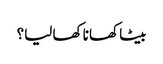
بیٹا کھانا کھا لیا؟